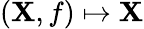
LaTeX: (\mathbf{X},f)\mapsto\mathbf{X}